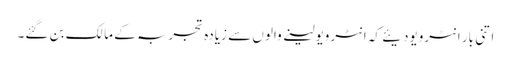
اتنی بار انٹرویودیئے کہ انٹرویولینے والوں سے زیادہ تجربہ کے مالک بن گئے۔